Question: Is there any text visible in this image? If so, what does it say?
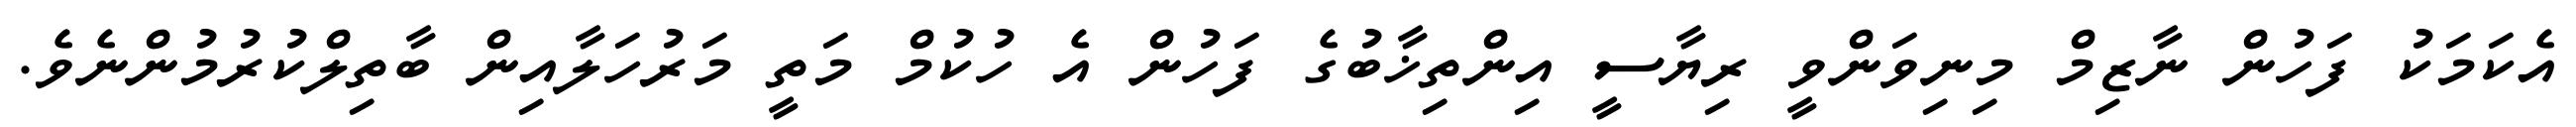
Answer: އެކަމަކު ފަހުން ނާޒިމް މިނިވަންވީ ރިޔާސީ އިންތިޚާބުގެ ފަހުން އެ ހުކުމް މަތީ މަރުހަލާއިން ބާތިލްކުރުމުންނެވެ.